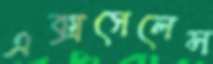
এক্সসেলেন্স